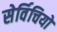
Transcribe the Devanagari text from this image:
सेर्विचियो